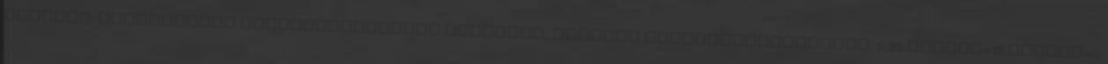
leírása: nyomógombos szerkezetműanyag tolltest, műanyag klipvonalvastagság: 0,35 mmcsom=12 dbsúly=0